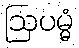
ဩပမ္မံ